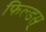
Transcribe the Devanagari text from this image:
फिल्डस्